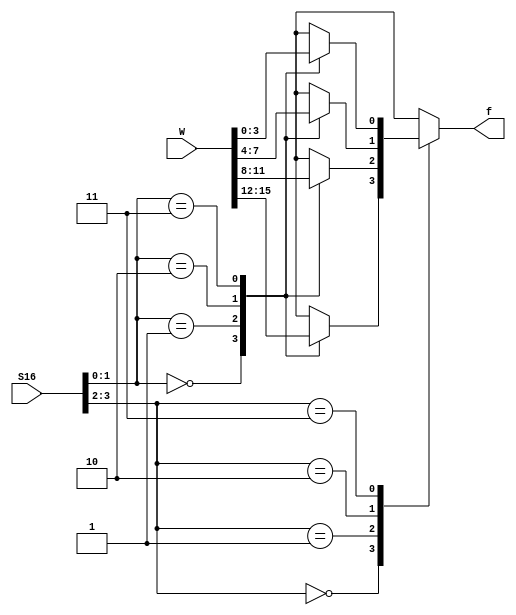
/**
  ******************************************************************************
  * @file:      Function-Mux-16to1-1.v
  * @author:    Engin Subasi
  * @e-mail:    enginsubasi@gmail.com
  * @address:   github.com/enginsubasi/esverlib
  *
  * @version:   v 0.0.1
  * @cdate:     19/02/2018
  * @mdate:     19/02/2018
  *
  * @about:     Example
  *
  ******************************************************************************
  */

module mux16to1 (W, S16, f);
    input [0:15]W;
    input [3:0] S16;
    output reg f;
    
    // Function that specifies a 4-to-1 multiplexer
    function mux4to1;
        input [0:3] X;
        input [1:0] S4;
        
        case (S4)
            0: mux4to1 = X[0];
            1: mux4to1 = X[1];
            2: mux4to1 = X[2];
            3: mux4to1 = X[3];
        endcase
    endfunction
    
    always @(W, S16)
        case (S16[3:2])
            0: f = mux4to1 (W[0:3], S16[1:0]);
            1: f = mux4to1 (W[4:7], S16[1:0]);
            2: f = mux4to1 (W[8:11], S16[1:0]);
            3: f = mux4to1 (W[12:15], S16[1:0]);
        endcase
    
endmodule